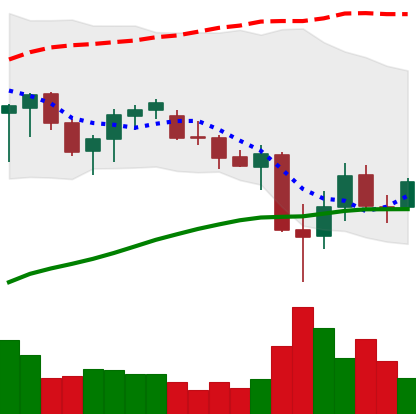
Ticker: ADA-USD
Chart end date: 2021-06-27
Forward return: 4.433%
Label: up_3_5